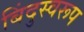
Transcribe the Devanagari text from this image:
बिंदुस्वरूप